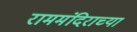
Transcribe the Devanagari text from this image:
राममंदिराच्या